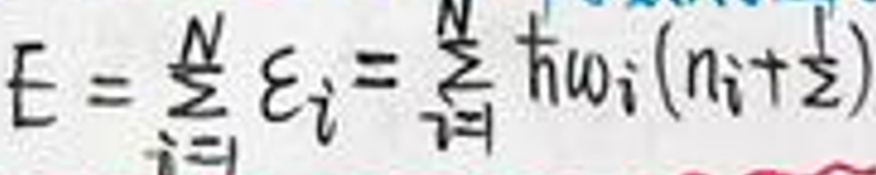
\[
E=\sum_{i = 1}^{N}\varepsilon_{i}=\sum_{i = 1}^{N}\hbar\omega_{i}(n_{i}+\frac{1}{2})
\]